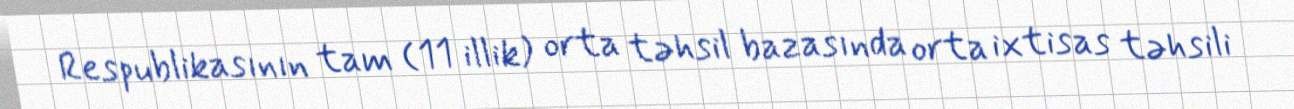
Respublikasının tam (11 illik) orta təhsil bazasında orta ixtisas təhsili